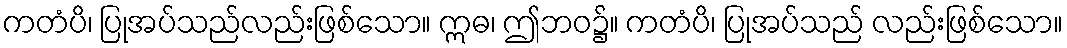
ကတံပိ၊ ပြုအပ်သည်လည်းဖြစ်သော။ ဣဓ၊ ဤဘဝ၌။ ကတံပိ၊ ပြုအပ်သည် လည်းဖြစ်သော။